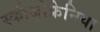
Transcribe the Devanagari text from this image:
स्कीजोफ्रेनिया